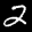
Label: 2